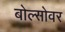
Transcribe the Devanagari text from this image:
बोल्सोवर